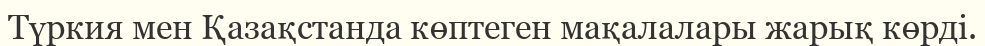
Түркия мен Қазақстанда көптеген мақалалары жарық көрді.